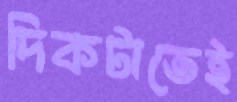
দিকটাতেই